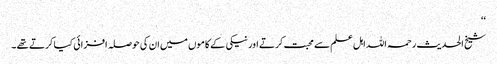
‘‘
شیخ الحدیث رحمہ اللہ اہل علم سے محبت کرتے اورنیکی کے کاموں میں ان کی حوصلہ افزائی کیا کرتے تھے ۔